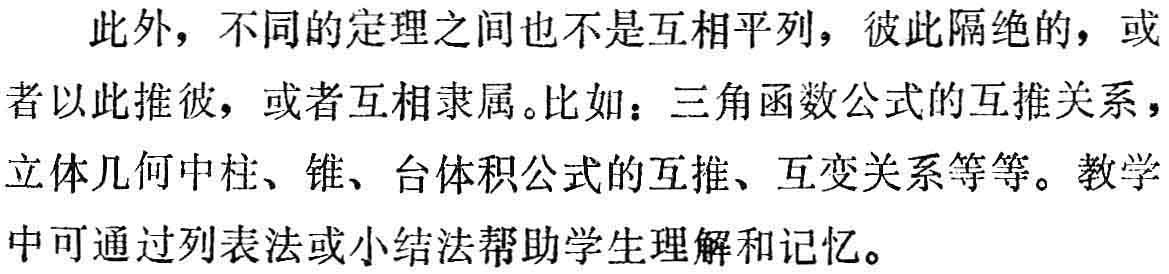
此外，不同的定理之间也不是互相平列，彼此隔绝的，或者以此推彼，或者互相隶属。比如：三角函数公式的互推关系，立体几何中柱、锥、台体积公式的互推、互变关系等等。教学中可通过列表法或小结法帮助学生理解和记忆。